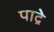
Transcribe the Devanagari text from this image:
पाद्रे